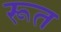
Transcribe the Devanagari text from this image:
रूत